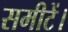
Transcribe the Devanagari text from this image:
समीटें।